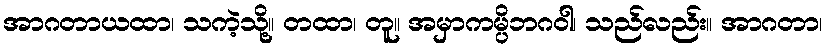
အာဂတာယထာ၊ သကဲ့သို့။ တထာ၊ တူ။ အမှာကမ္ပိဘဂဝါ၊ သည်လည်း။ အာဂတာ၊